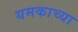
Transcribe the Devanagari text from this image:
यमकाच्या